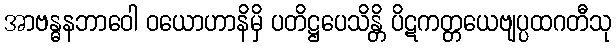
အာဗန္ဓနဘာဝေါ ဝယောဟာနိမှိ ပတိဋ္ဌပေသိန္တိ ပိဋကတ္တယေဗျပ္ပထဂတီသု